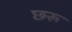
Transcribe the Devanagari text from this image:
छरू